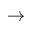
\to